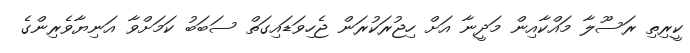
ކީރިތި ރަސޫލާ މައްކާއިން މަދީނާ އަށް ހިޖުރަކުރަން ޖެހިވަޑައިގަތް ސަބަބު ކަމަށްވާ އަނިޔާވެރިންގެ